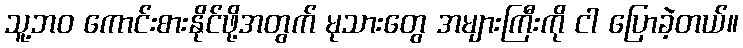
သူ့ဘဝ ကောင်းစားနိုင်ဖို့အတွက် မုသားတွေ အများကြီးကို ငါ ပြောခဲ့တယ်။